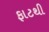
ફાટથી